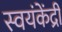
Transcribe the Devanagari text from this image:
स्वयंकेंद्री